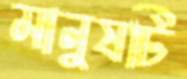
মানুষটি